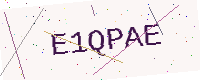
Text: E1QPAE